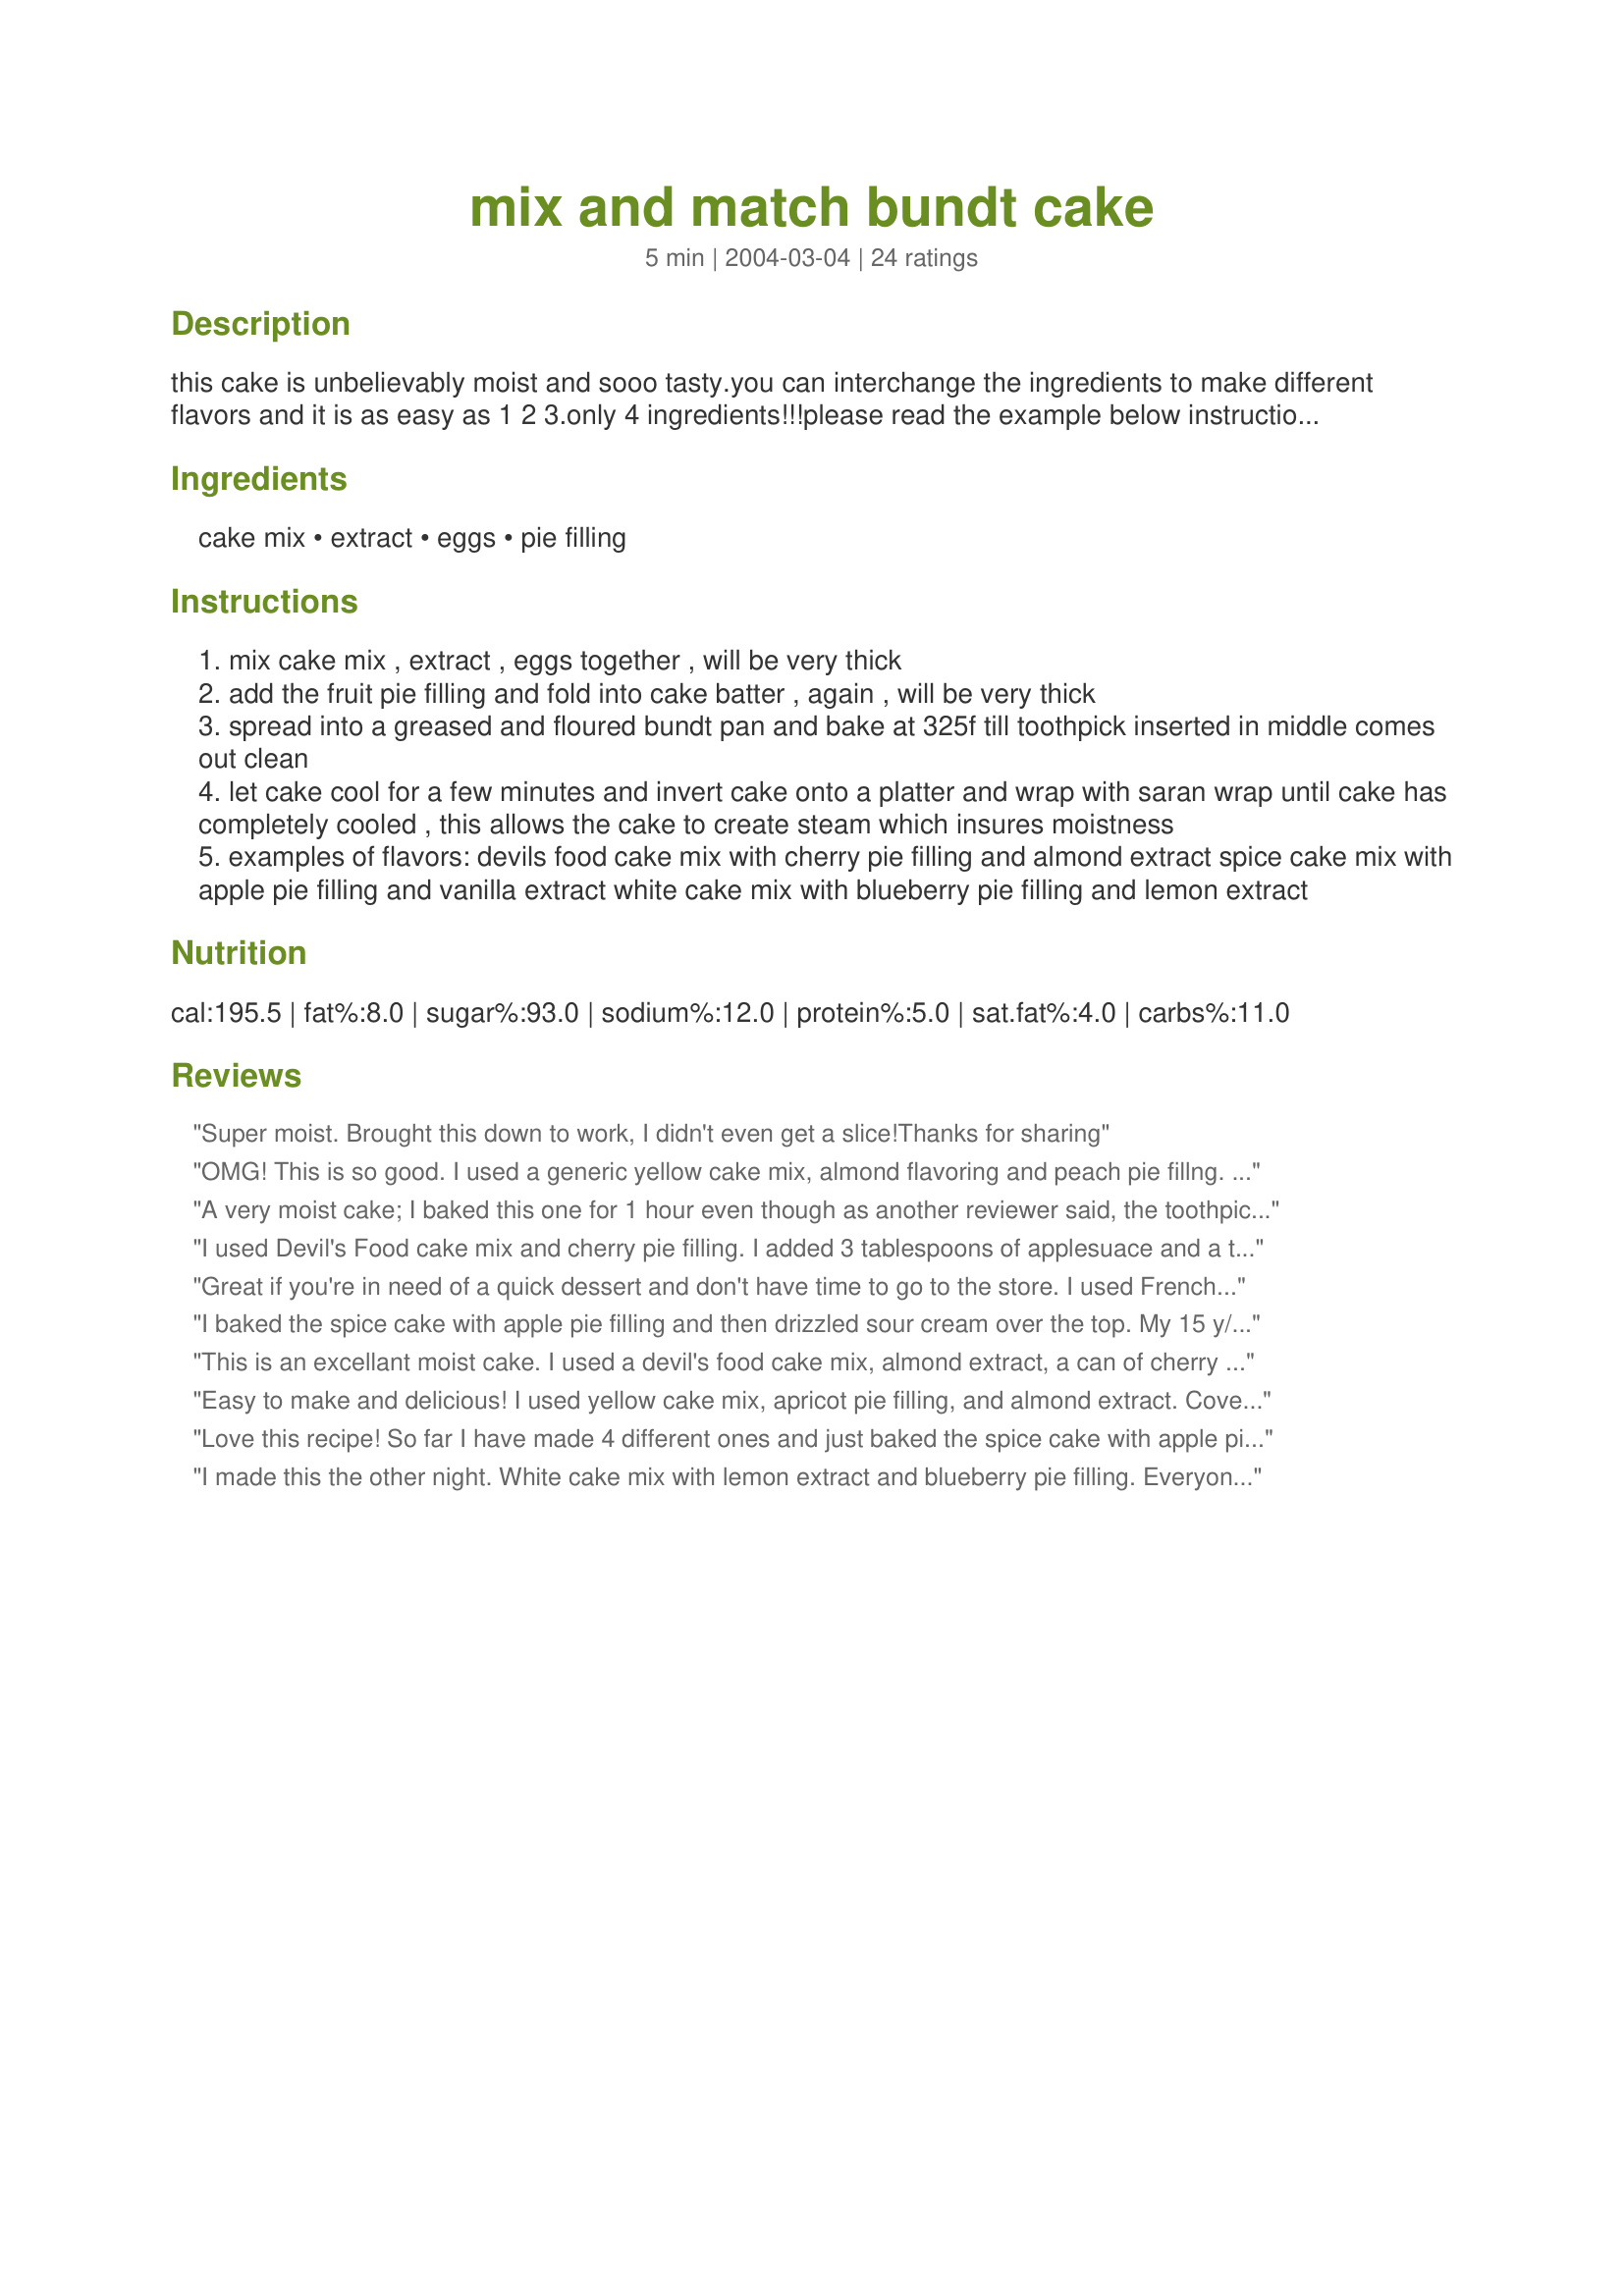
mix and match bundt cake
Preparation time: 5 minutes

this cake is unbelievably moist and sooo tasty.you can interchange the ingredients to make different flavors and it is as easy as 1 2 3.only 4 ingredients!!!please read the example below instructions for flavors of cake and fruit.

Ingredients:
cake mix, extract, eggs, pie filling

Steps:
mix cake mix , extract , eggs together , will be very thick
add the fruit pie filling and fold into cake batter , again , will be very thick
spread into a greased and floured bundt pan and bake at 325f till toothpick inserted in middle comes out clean
let cake cool for a few minutes and invert cake onto a platter and wrap with saran wrap until cake has completely cooled , this allows the cake to create steam which insures moistness
examples of flavors: devils food cake mix with cherry pie filling and almond extract spice cake mix with apple pie filling and vanilla extract white cake mix with blueberry pie filling and lemon extract

Reviews:
Super moist. Brought this down to work, I didn't even get a slice!Thanks for sharing
OMG! This is so good. I used a generic yellow cake mix, almond flavoring and peach pie fillng. I also made a couple of diviations by using 1 whole egg and 2 egg whites (to reduce the cholesterol). Also, since a whole cake is really too much for just the two of us, I used my mini bundt pans to make it easy to freeze the leftovers. Plus instead flouring the pans, I sprinkled them with a cinnamon & sugar mixture. This is a great recipe and the options are endless. Thanks for posting such a wonderful recipe.
A very moist cake; I baked this one for 1 hour even though as another reviewer said, the toothpick came out clean after 50 minutes. I used spice cake, apple pie filling and almond extract. About midway through the baking time I thought it wasn't going to rise like it should and even tho it didn't rise as high as other cakes that I have prepared, it tastes wonderful. Thanks for posting such an easy and great tasting recipe.
I used Devil's Food cake mix and cherry pie filling. I added 3 tablespoons of applesuace and a tablespoon of vegetable oil because the batter was just too dry. It was VERY moist and delicious and I didn't use the saran wrap.
Great if you're in need of a quick dessert and don't have time to go to the store. I used French Vanilla Cake Mix, vanilla extract,apricot pie filling and topped it with a Grand Marnier glaze. The only change I made was to add a package of vanilla instant pudding because the mix didn't have any. Came out great!
I baked the spice cake with apple pie filling and then drizzled sour cream over the top.
My 15 y/o son said it tastes like a giant cinnamon roll.
SOOOOO EASY!
AND
SOOOOOO DELICIOUS!
This is an excellant moist cake.
I used a devil's food cake mix,
almond extract, a can of cherry pie filling, and baked it in a 
10-inch bundt pan for 50 minutes. Thanks for the recipe @ndarlin.
Easy to make and delicious! I used yellow cake mix, apricot pie filling, and almond extract. Covering in plastic wrap while the cake cools resulted in a wonderfully moist cake with intense flavor. I drizzled a white chocolate glaze over the cake before serving. Next time I will skip the glaze. This cake is so moist and flavorful that a glaze isn't needed. I will make this cake again and again. Thanks for posting this great recipe!
Love this recipe! So far I have made 4 different ones and just baked the spice cake with apple pie filling.
I made this the other night. White cake mix with lemon extract and blueberry pie filling. Everyone loved it. I was about to wrap it up for the night and my husband said wait don't wrap it up I need to make sure I like it, he had to have another piece. He loved it! I can't wait to try another version. Thanks for posting.
This is a nice recipe. I used a yellow cake mix, pure vanilla extract and homemade strawberry preserves. It made a lovely flavorful cake with nice crumb. The cake was tender, moist and fluffy. Served with cool whip and a little strawberry preserves. Thank you for sharing your recipe.
We thought this cake was a good everyday cake, but nothing really special. Used a chocolate cake mix and lite cherry pie filling. The texture of my cake was really kind of rough, not very smooth. However it was VERY moist, and I did not wrap it in saran wrap. I knew if I did, it would stick to the saran wrap and I would have a mess. Mine cooked 42 minutes.
Awesomely easy recipe. Made the cherry chocolate with almond extract variation and it was delicious! It was more popular than the store bought cake someone brought! I will definitely make this again and try different combinations. Great, easy recipe!
I made this for company using a devil foods cake mix, "Light" cherry pie filling and about 1.5 t almond extract, I baked this recipe @ 325 for 46 minutes..I also whipped up some cream as a topping w/vanilla extract then dusted the top of this masterpiece with cinnamon..every single person was in awe over this dessert cake! Thanks much for the recipe @ngdarlen..will be made again, happily!
I'm in the process of moving so I wanted to start using up the stuff in the pantry. I used a french vanilla mix, cherry pie filling and coconut extract. I have company from out of town tonight so will fancy it up with some crushed pineapple mixed into cool whip, topped with toasted coconut. Hey that even helps clean out the pantry even more. I love this site as I found this recipe by typing in cake mix! Can't wait to see what else I will be making in the future as I try to clean out the cupboards. Thanks for the quick and easy recipe.
I did not get a great result from this recipe. Maybe I'll try it again sometime.
I loved this! I used a lemon cake (with pudding in the mix), lemon extract and store brand cherry pie filling. I would use "good" pie filling next time. The cherries in the store brand filling just didn't have enough flavour or texture for this recipe. I loved the ease of this recipe and it will go into my permanent cookbook. Thanks for sharing!
OK, This is TOO awesome! I used this recipe with a cherry pie filling, a yellow cake mix, and vanilla extract. Then, I put the batter into muffin tins - THE BEST MUFFINS EVER! Just like costco - only better! Thanks!
So easy to make and so entirely delicious. I used vanilla cake mix, Jamaican rum flavoring plus a little cinnamon and apple pie filling.
Great tasting cake but I think it still needed some baking time as it was a little underdown even though the toothpick came out clean. I baked it for 50 minutes but I think 1 hour would have been perfect and will try that next time.
Thanks for sharing @ndarlin.
Easy, easy!! I wanted to try out my new bakery-style muffin tins so I tried out this recipe and really liked it. I made my muffins with butter cake mix, vanilla and sugar free cherry pie filling. I didn't add any pudding and it was fine. Also, I added streusel topping to my muffins and they looked fresh from the bakery! Next time, I'm thinking of doing something with mandarin oranges...
I used Cinnamon Swirl cake mix and Pumpkin Pie filling. YUM!! I also made a glaze for the top.
I made this easy cake with spice cake mix and apple pie filling. Everyone liked the taste and moistness. 
I will be trying the other flavors soon. 
Thanks for such a easy good tasting recipe.
I love this cake! My favorite combination so far is spice cake w/ apple pie filling, although chocolate/cherry is also really good! I tried vanilla cake w/ raspberry and wasn't a fan, but overall this is a great, simple crowd pleasing cake.
